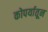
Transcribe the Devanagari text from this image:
कोपर्यातून